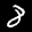
Label: 8